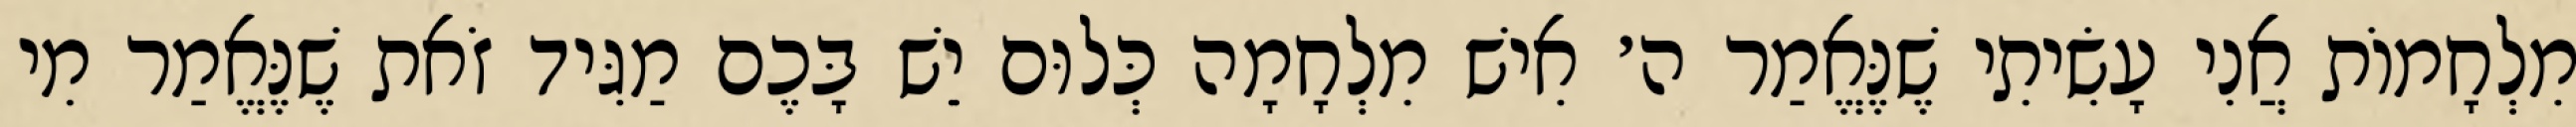
מִלְחָמוֹת אֲנִי עָשִׂיתִי שֶׁנֶּאֱמַר ה׳ אִישׁ מִלְחָמָה כְּלוּם יֵשׁ בָּכֶם מַגִּיד זֹאת שֶׁנֶּאֱמַר מִי